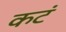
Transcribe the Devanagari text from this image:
कटं